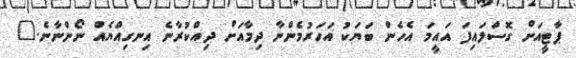
ޕާޓީއަށް ގޮސްލައިފަ އައީމަ އެހެން ބަޔަކު އަހަރުމެންނާ ދިމާއަށް ދިއްކުރާނެ އިނގިއްޔެއް ނޯންނާނެ."